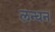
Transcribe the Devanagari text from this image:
लन्धन